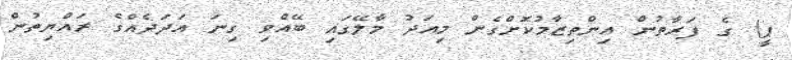
ޕީ) ގެ ފަރާތުން އިންތިޒާމުކޮށްގެން މިއަދު މާލޭގައި ބޭއްވި ގިނަ އަދަދެއްގެ ރައްޔިތުން